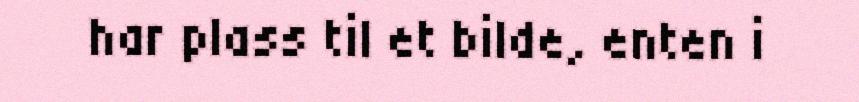
har plass til et bilde, enten i